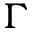
\Gamma